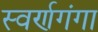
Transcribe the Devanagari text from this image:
स्वर्णगंगा